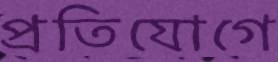
প্রতিযোগে